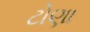
ટોણા